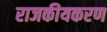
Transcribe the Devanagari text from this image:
राजकीयकरण